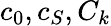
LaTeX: c_{0},c_{S},C_{k}